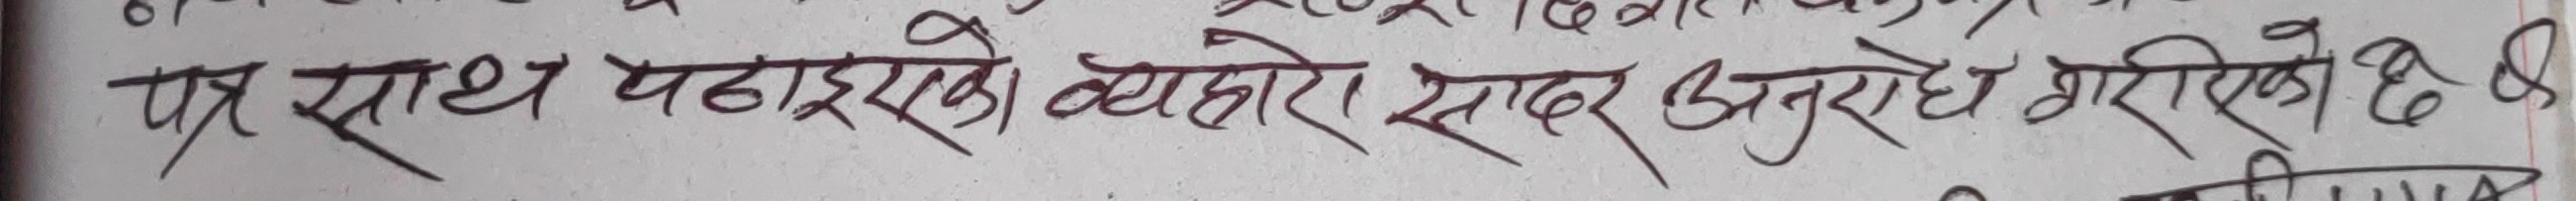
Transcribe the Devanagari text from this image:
पत्र साथ पठाइएको व्यहोरा सादर अनुरोध गरिएको छ